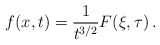
\begin{align*} f(x,t) = \frac{1}{t^{3/2}} F(\xi,\tau) \, .\end{align*}